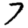
Digit: 7